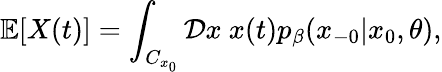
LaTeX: \operatorname{\mathbb{E}}[X(t)]=\int_{C_{x_{0}}}\mathcal{D}x\ x(t)p_{\beta}(x_{-0}|x_{0},\theta),